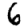
Digit: 6